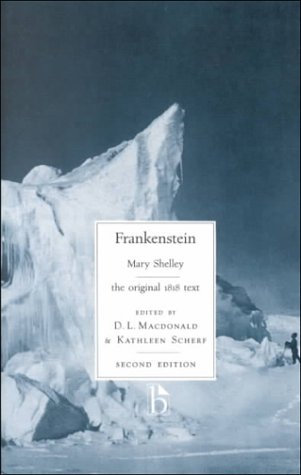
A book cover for Frankenstein: the original 1818 text (Broadview Literary Texts); Mary Shelley; Science Fiction & Fantasy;